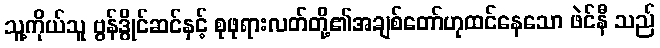
သူ့ကိုယ်သူ ဗွန်ဒွိုင်ဆင်နှင့် စုဖုရားလတ်တို့၏အချစ်တော်ဟုထင်နေသော ဖဲင်နီ သည်